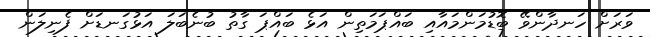
ވަރަށް ހަނދާންވޭ ބޮޑުމަންމައާއި ބައްޕަމަތިން އަޅެ ބައްޕަ ގާތު ބުނެބަލަ އަޅުގަނޑަށް ފެނިލަން